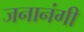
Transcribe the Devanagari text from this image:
जनानंगी